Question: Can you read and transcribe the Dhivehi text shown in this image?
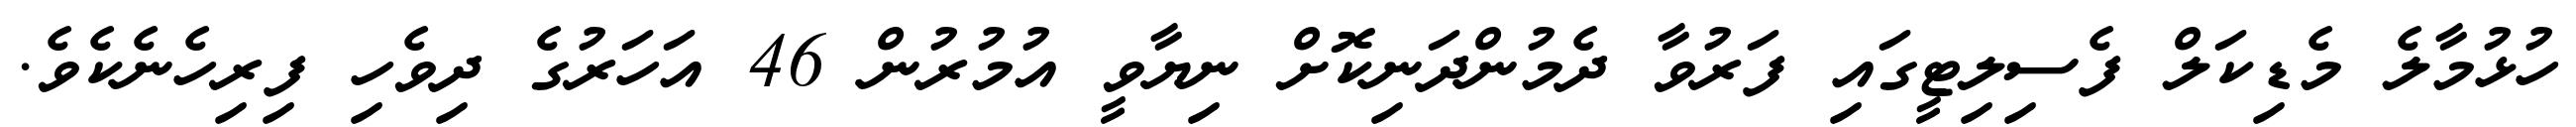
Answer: ހުޅުމާލެ މެޑިކަލް ފެސިލިޓީގައި ފަރުވާ ދެމުންދަނިކޮށް ނިޔާވީ އުމުރުން 46 އަހަރުގެ ދިވެހި ފިރިހެނެކެވެ.